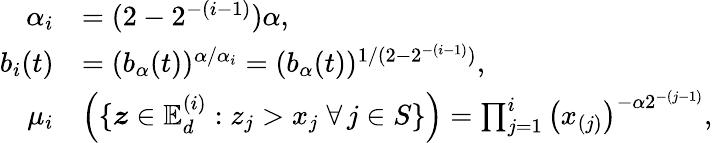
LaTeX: \begin{array}{rl}{\alpha_{i}}&{=(2-2^{-(i-1)})\alpha,}\\ {b_{i}(t)}&{=(b_{\alpha}(t))^{\alpha/\alpha_{i}}=(b_{\alpha}(t))^{1/(2-2^{-(i-1)})},}\\ {\mu_{i}}&{\left(\{ \boldsymbol z\in\mathbb{E}_{d}^{(i)}:z_{j}>x_{j}\; \forall\, j\in S\} \right)=\prod_{j=1}^{i}\left({{x}_{(j)}}\right)^{-\alpha 2^{-(j-1)}},}\end{array}